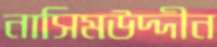
নাসিমউদ্দীন